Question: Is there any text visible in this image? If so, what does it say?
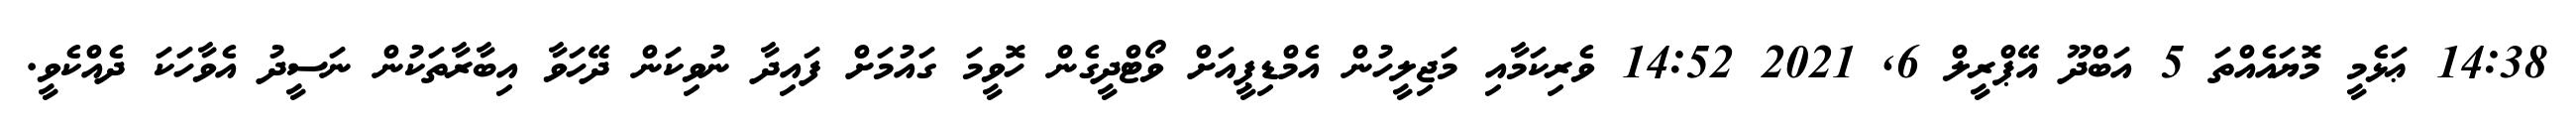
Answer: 14:38 ޢަޅެމީ މޮޔައެއްތަ 5 އަބްދޫ އޭޕްރީލް 6, 2021 14:52 ވެރިކަމާއި މަޖިލީހުން އެމްޑިޕީއަށް ވޯޓްދީގެން ހޮވީމަ ގައުމަށް ފައިދާ ނުވިކަން ދޭހަވާ އިބާރާތަކުން ނަސީދު އެވާހަކަ ދެއްކެވީ.